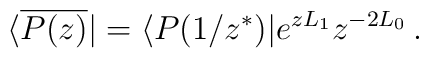
\langle\overline{P(z)}|=\langle P(1/z^\ast)|e^{zL_1}{z}^{-2L_0}\,.